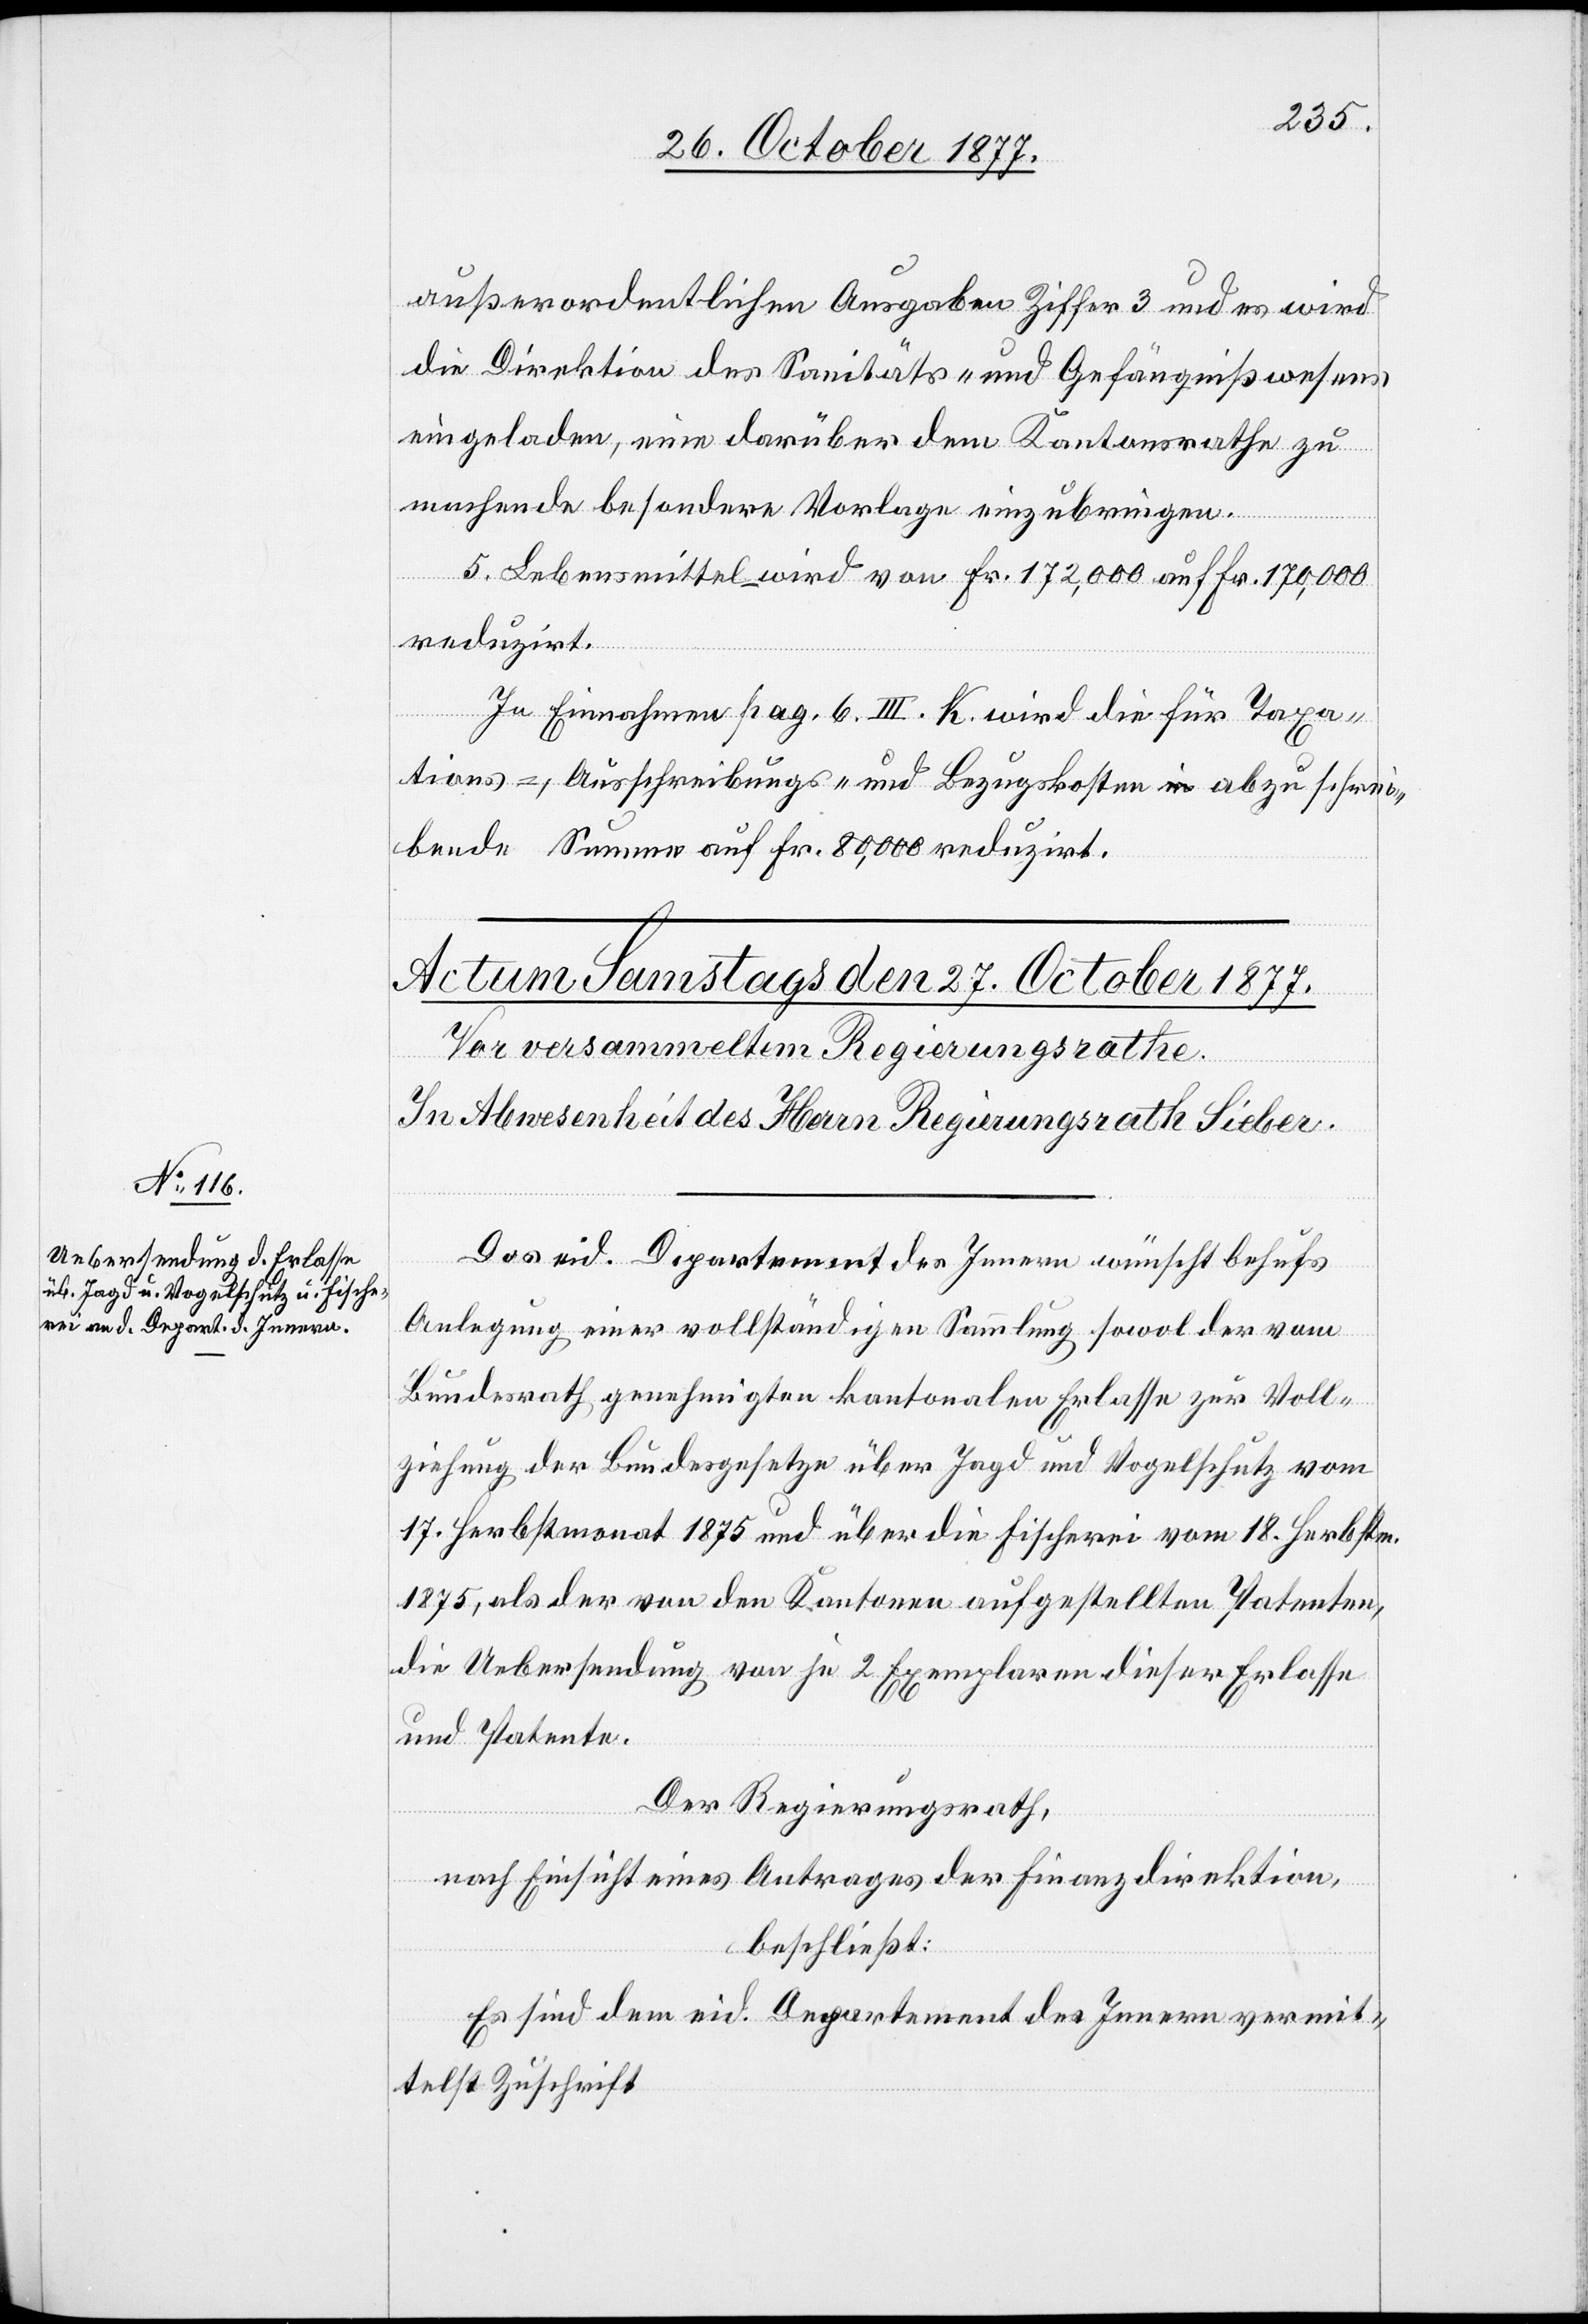
außerordentlichen Ausgaben Ziffer 3 und es wird
die Direktion des Sanitäts- und Gefängnißwesens
eingeladen, eine darüber dem Kantonsrathe zu
machende besondere Vorlage einzubringen.
5. Lebensmittel – wird von Fr. 172,000 auf Fr. 170,000
reduzirt.
In Einnahmen pag. 6. III. K. wird die für Taxa¬
tions-, Ausschreibungs- und Bezugskosten a-in-a abzuschrei¬
bende Summe auf Fr. 80,000 reduzirt.
Das eid. Departement des Innern wünscht behufs
Anlegung einer vollständigen Sammlung sowol der vom
Bundesrath genehmigten kantonalen Erlasse zur Voll¬
ziehung der Bundesgesetze über Jagd und Vogelschutz vom
17. Herbstmonat 1875 und über die Fischerei vom 18. Herbstm.
1875, als der von den Kantonen aufgestellten Patenten,
die Uebersendung von je 2 Exemplaren dieser Erlasse
und Patente.
Der Regierungsrath,
nach Einsicht eines Antrages der Finanzdirektion,
beschließt:
Es sind dem eid. Departement des Innern vermit¬
telst Zuschrift